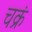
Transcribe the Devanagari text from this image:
चक्रं